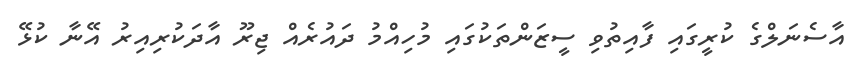
އާސެނަލްގެ ކުރީގައި ފާއިތުވި ސީޒަންތަކުގައި މުހިއްމު ދައުރެއް ޖިރޫ އާދަކުރިއިރު އޭނާ ކުޅޭ